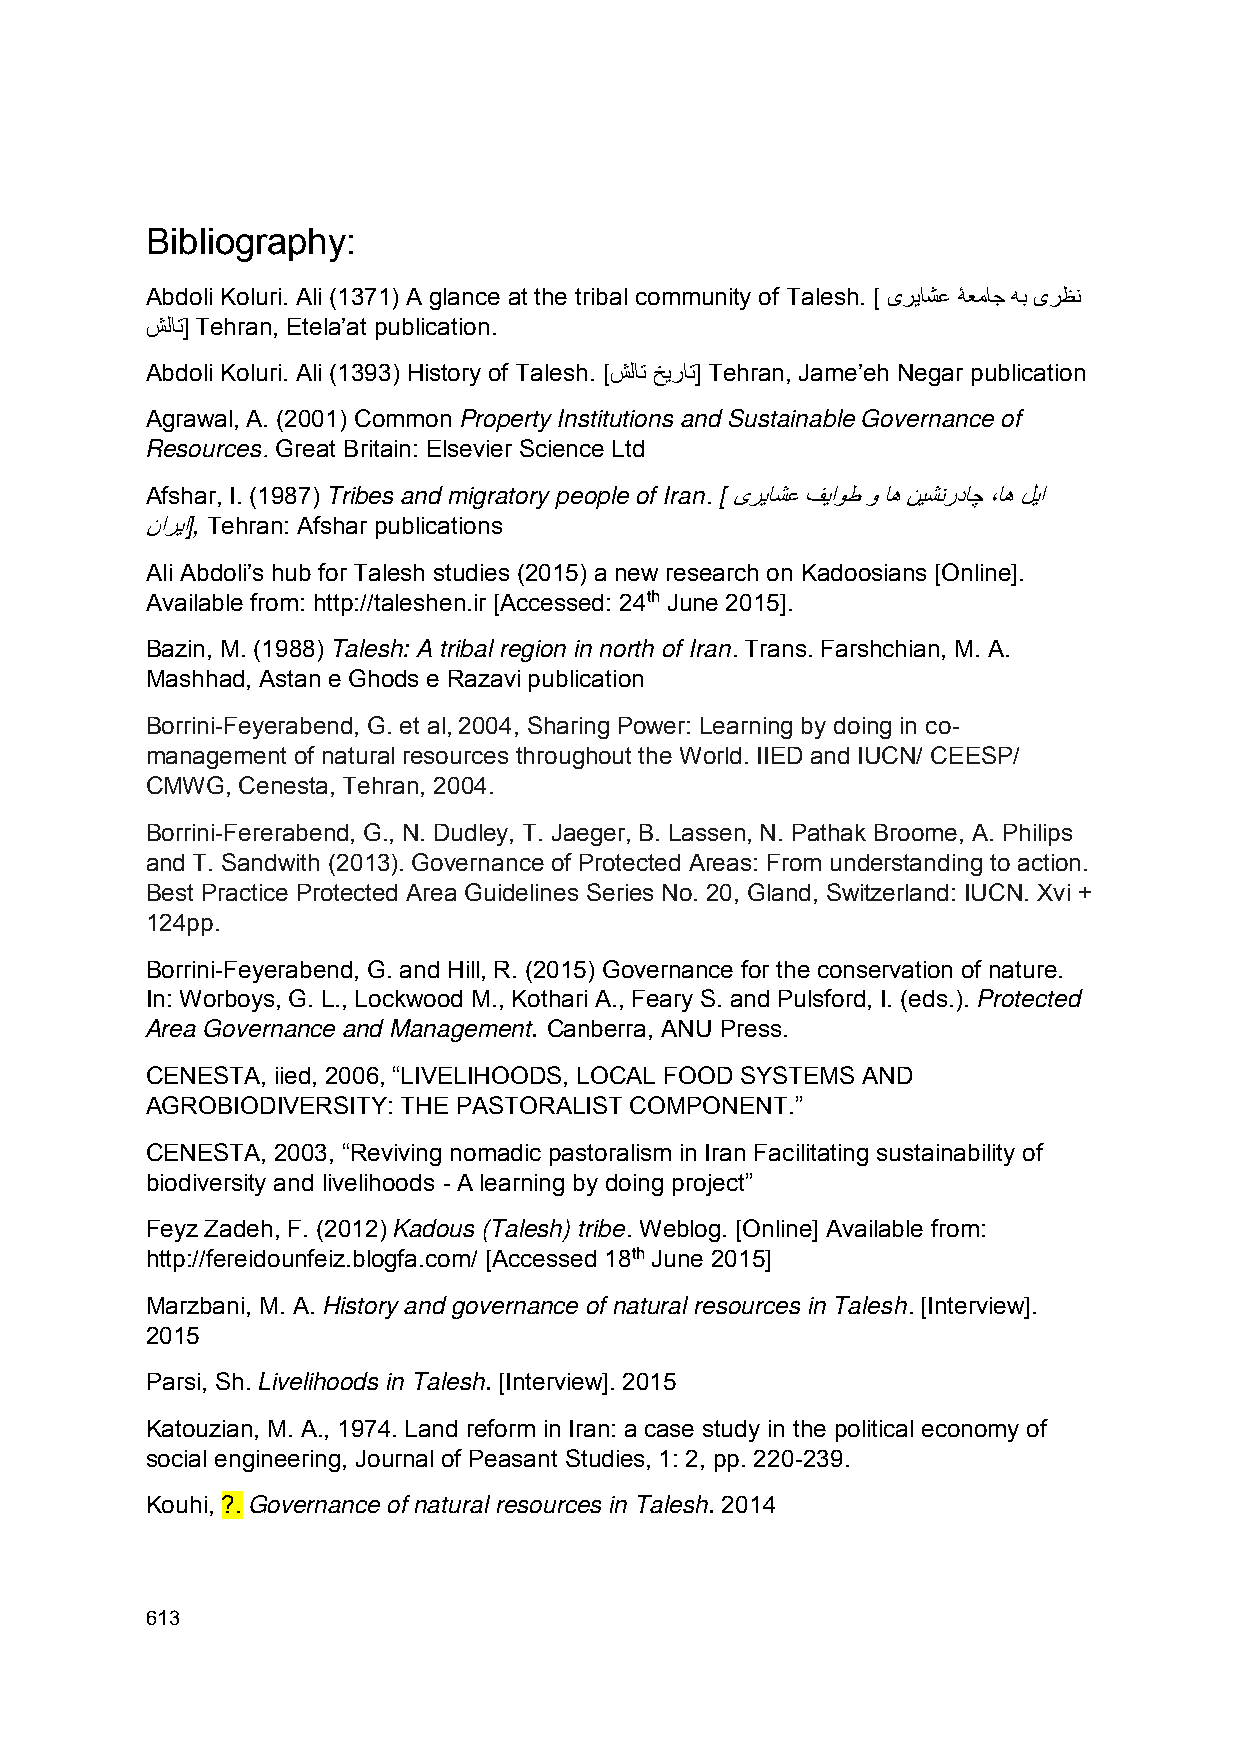
Bibliography:
 Abdoli Koluri. Ali (1371) A glance at the tribal community of Talesh. [ یریاشع ۀعماج هب یرظن
 شلات] Tehran, Etela’at publication.
 Abdoli Koluri. Ali (1393) History of Talesh. [شلات خیرات] Tehran, Jame’eh Negar publication
 Agrawal, A. (2001) Common Property Institutions and Sustainable Governance of
 Resources. Great Britain: Elsevier Science Ltd
 Afshar, I. (1987) Tribes and migratory people of Iran. [ یریاشع فیاوط و اه نیشنرداچ ،اه لیا
 ناریا], Tehran: Afshar publications
 Ali Abdoli’s hub for Talesh studies (2015) a new research on Kadoosians [Online].
 Available from: http://taleshen.ir [Accessed: 24th June 2015].
 Bazin, M. (1988) Talesh: A tribal region in north of Iran. Trans. Farshchian, M. A.
 Mashhad, Astan e Ghods e Razavi publication
 Borrini-Feyerabend, G. et al, 2004, Sharing Power: Learning by doing in co-
 management of natural resources throughout the World. IIED and IUCN/ CEESP/
 CMWG, Cenesta, Tehran, 2004.
 Borrini-Fererabend, G., N. Dudley, T. Jaeger, B. Lassen, N. Pathak Broome, A. Philips
 and T. Sandwith (2013). Governance of Protected Areas: From understanding to action.
 Best Practice Protected Area Guidelines Series No. 20, Gland, Switzerland: IUCN. Xvi +
 124pp.
 Borrini-Feyerabend, G. and Hill, R. (2015) Governance for the conservation of nature.
 In: Worboys, G. L., Lockwood M., Kothari A., Feary S. and Pulsford, I. (eds.). Protected
 Area Governance and Management. Canberra, ANU Press.
 CENESTA, iied, 2006, “LIVELIHOODS, LOCAL FOOD SYSTEMS AND
 AGROBIODIVERSITY: THE PASTORALIST COMPONENT.”
 CENESTA, 2003, “Reviving nomadic pastoralism in Iran Facilitating sustainability of
 biodiversity and livelihoods - A learning by doing project”
 Feyz Zadeh, F. (2012) Kadous (Talesh) tribe. Weblog. [Online] Available from:
 http://fereidounfeiz.blogfa.com/ [Accessed 18th June 2015]
 Marzbani, M. A. History and governance of natural resources in Talesh. [Interview].
 2015
 Parsi, Sh. Livelihoods in Talesh. [Interview]. 2015
 Katouzian, M. A., 1974. Land reform in Iran: a case study in the political economy of
 social engineering, Journal of Peasant Studies, 1: 2, pp. 220-239.
 Kouhi, ?. Governance of natural resources in Talesh. 2014
 613